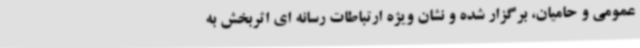
عمومی و حامیان، برگزار شده و نشان ویژه ارتباطات رسانه ای اثربخش به